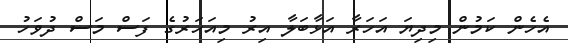
އެހެން ކަމުން މިދިޔަ އަހަރާ އަޅާބަލާ އިރު މިއަހަރުގެ ފަސް މަސް ދުވަހު